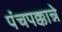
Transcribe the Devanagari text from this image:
पंचपक्कान्ने